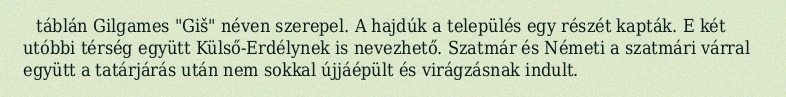
táblán Gilgames "Giš" néven szerepel. A hajdúk a település egy részét kapták. E két utóbbi térség együtt Külső-Erdélynek is nevezhető. Szatmár és Németi a szatmári várral együtt a tatárjárás után nem sokkal újjáépült és virágzásnak indult.